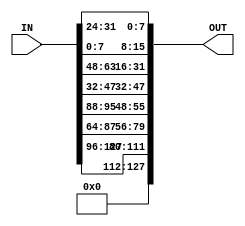
module ShiftRows(
    input   [127:0]  IN,
    output  [127:0]  OUT
);

//
assign OUT = {IN[127:96], IN[87:64], IN[95:88], IN[47:32], IN[63:48], IN[7:0], IN[31:24]};


endmodule